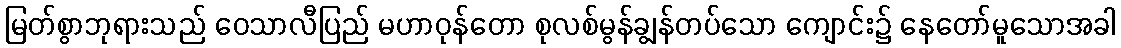
မြတ်စွာဘုရားသည် ဝေသာလီပြည် မဟာဝုန်တော စုလစ်မွန်ချွန်တပ်သော ကျောင်း၌ နေတော်မူသောအခါ